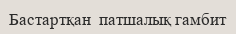
Бастартқан  патшалық гамбит